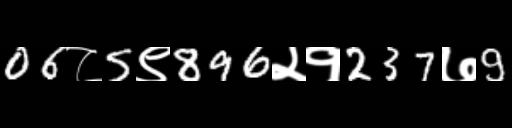
Text: 06८5९896२१237७9